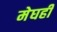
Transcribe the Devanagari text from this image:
मेघही